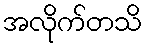
အလိုက်တသိ